Report of the King Institute of Preventive Medicine, Guindy
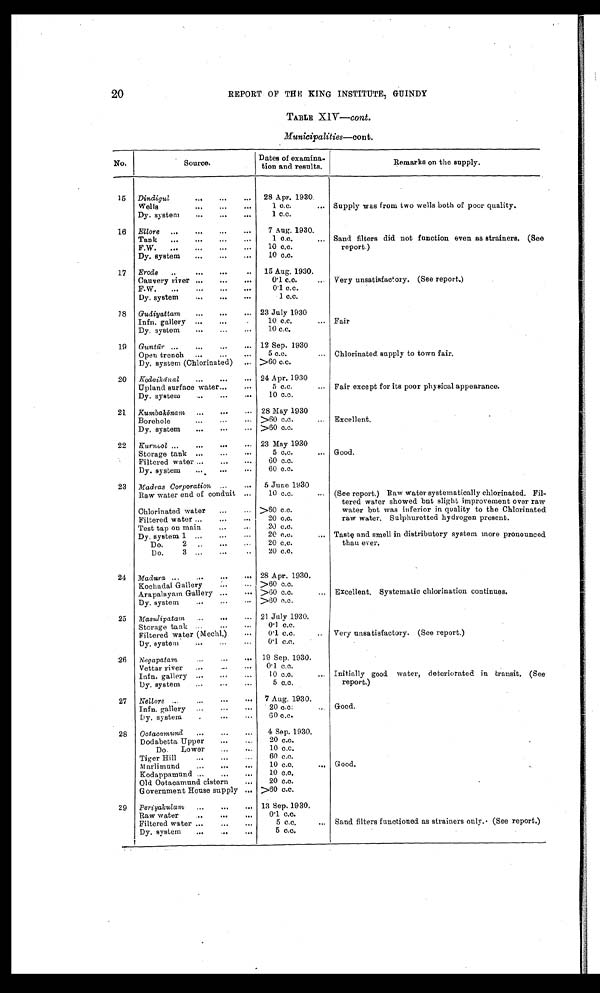
20
REPORT OF THE KING INSTITUTE; GUINDY
TABLE XIV—cont.
Municipalities—cont.
No.
Source.
Dates of examina
tion and results .
Remarks on the supply.
15
Dindigul
28 Apr. 1930.
Wells
1 c.c.
Supply was from two wells both of poor quality.
Dy. system
1 c.c.
16
Ellore
7 Aug. 1930.
Tank
1 c.c.
Sand filters did not function even as strainers.(See
report.)
F.W.
10 c.c.
Dy. system
10 c#.c.
17
Erode
15 Aug. 1930.
Cauvery river
0·1 c.c.
Very unsatisfactory. (See report.)
F.W.
0·1 c.c.
Dy. system
1 c.c.
18 Guayattam
23 July 1930
Infn. gallery
10 c.c.
Fair
Dy. system
10 c.c.
19 Guntūr
12 Sep. 1930
Open trench
5 c.c.
Chlorinated supply to town fair.
Dy. system (Chlorinated)
>60 c.c.
20
Kodaikā nal
24 Apr. 1930
Upland surface water.
5 c.c.
Fair except for its poor physical appearance.
Dy. system
10 c.c.
21
Kumbakō nam
28 May 1930
Borehole
>60 c.c.
Excellent.
Dy. system
>60 c.c.
22 Kurniol
23 May 1930
Storage tank
5 c.c.
Good.
Filtered water
60 c.c.
Dy. system
60 c.c.
23
Madras Corporation
5 June 1930
Raw water end of conduit
10 c.c.
(See report.) Raw water systematically chlorinated. Fil
tered water showed but slight improvement over raw
water but was inferior in quality to the Chlorinated
raw water, Sulphuretted hydrogen present.
Chlorinated water
>60 c.c.
Filtered water
20 c.c.
Test tap on main
20 c.c.
Dy. system 1
20 c.c.
Taste and smell in distributory system more pronounced
than ever.
Do. 2
20 c.c.
Do. 3
20 c.c.
24
Madura
28 Apr. 1930.
Kochadai Gallery
>60 c.c.
Arapalayam Gallery
>60 c.c.
Excellent. Systematic chlorination continues.
Dy. system
>60 c.c.
25 Masulipatam
21 July 1930.
Storage tank
0·1 c.c.
Filtered water (Mechl.)
0·1 c.c.
Very unsatisfactory. (See report.)
Dy. system
0·1 c.c.
26
Negapatam
19 Sep. 1930.
Vettar river
0·1 c.c.
Infn. gallery
10 c.c.
Initially good water, deteriorated in transit, (See
report.)
Dy. system
5 c.c.
27
.Nellore
7 Aug. 1930.
Infn. gallery
20 c.c:
Good.
Dy.system
60 c.c.
28
Ootacamund
4 Sep. 1930.
Dodabetta Upper
20 c.c.
Do. Lower
10 c.c.
Tiger Hill
60 c.c.
Marlimund
10 c.c.
Good.
Kodappamund
10 c.c.
Old Ootacamund cistern
20 c.c.
Government House supply
>60 c.c.
29
Periyakulam
13 Sep. 1930.
Raw water
0·1c.c.
Filtered water
5 c.c.
Sand filters functioned as strainers only. (See report.)
Dy. system
5 c.c.